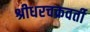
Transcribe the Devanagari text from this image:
श्रीधरचक्रवर्ती